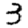
Digit: 3